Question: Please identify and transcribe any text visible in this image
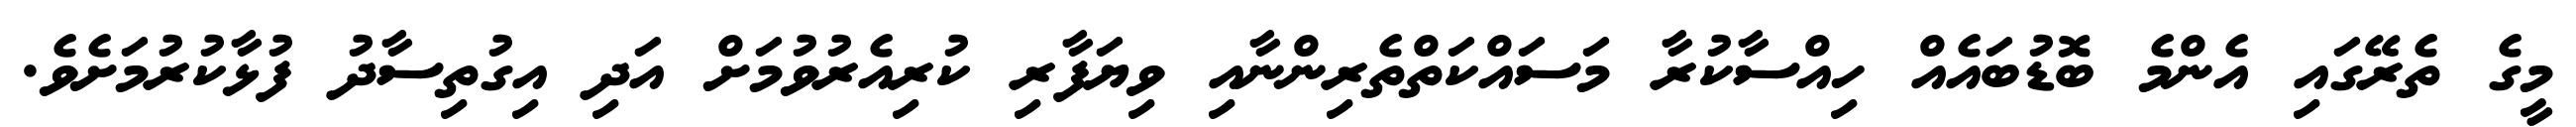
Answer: މީގެ ތެރޭގައި އެންމެ ބޮޑުބައެއް ހިއްސާކުރާ މަސައްކަތްތެރިންނާއި ވިޔަފާރި ކުރިއެރުވުމަށް އަދި އިގުތިސާދު ފުޅާކުރުމަށެވެ.